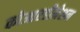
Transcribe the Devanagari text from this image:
कोआरडीनेशन